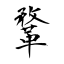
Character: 鞪